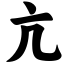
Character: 亢